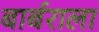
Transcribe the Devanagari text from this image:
बार्बराला